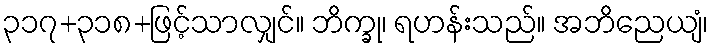
၃၁၇+၃၁၈+ဖြင့်သာလျှင်။ ဘိက္ခု၊ ရဟန်းသည်။ အဘိညေယျံ၊